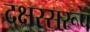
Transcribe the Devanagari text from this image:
दक्षस्सरूप